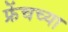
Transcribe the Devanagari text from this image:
फ्रेंचच्या